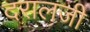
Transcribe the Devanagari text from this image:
दरालजी